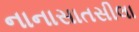
નાનાસાતસીલા